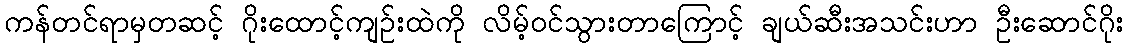
ကန်တင်ရာမှတဆင့် ဂိုးထောင့်ကျဉ်းထဲကို လိမ့်ဝင်သွားတာကြောင့် ချယ်ဆီးအသင်းဟာ ဦးဆောင်ဂိုး